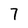
Character: 7